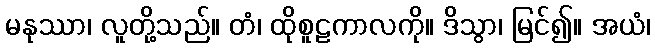
မနုဿာ၊ လူတို့သည်။ တံ၊ ထိုစူဠကာလကို။ ဒိသွာ၊ မြင်၍။ အယံ၊